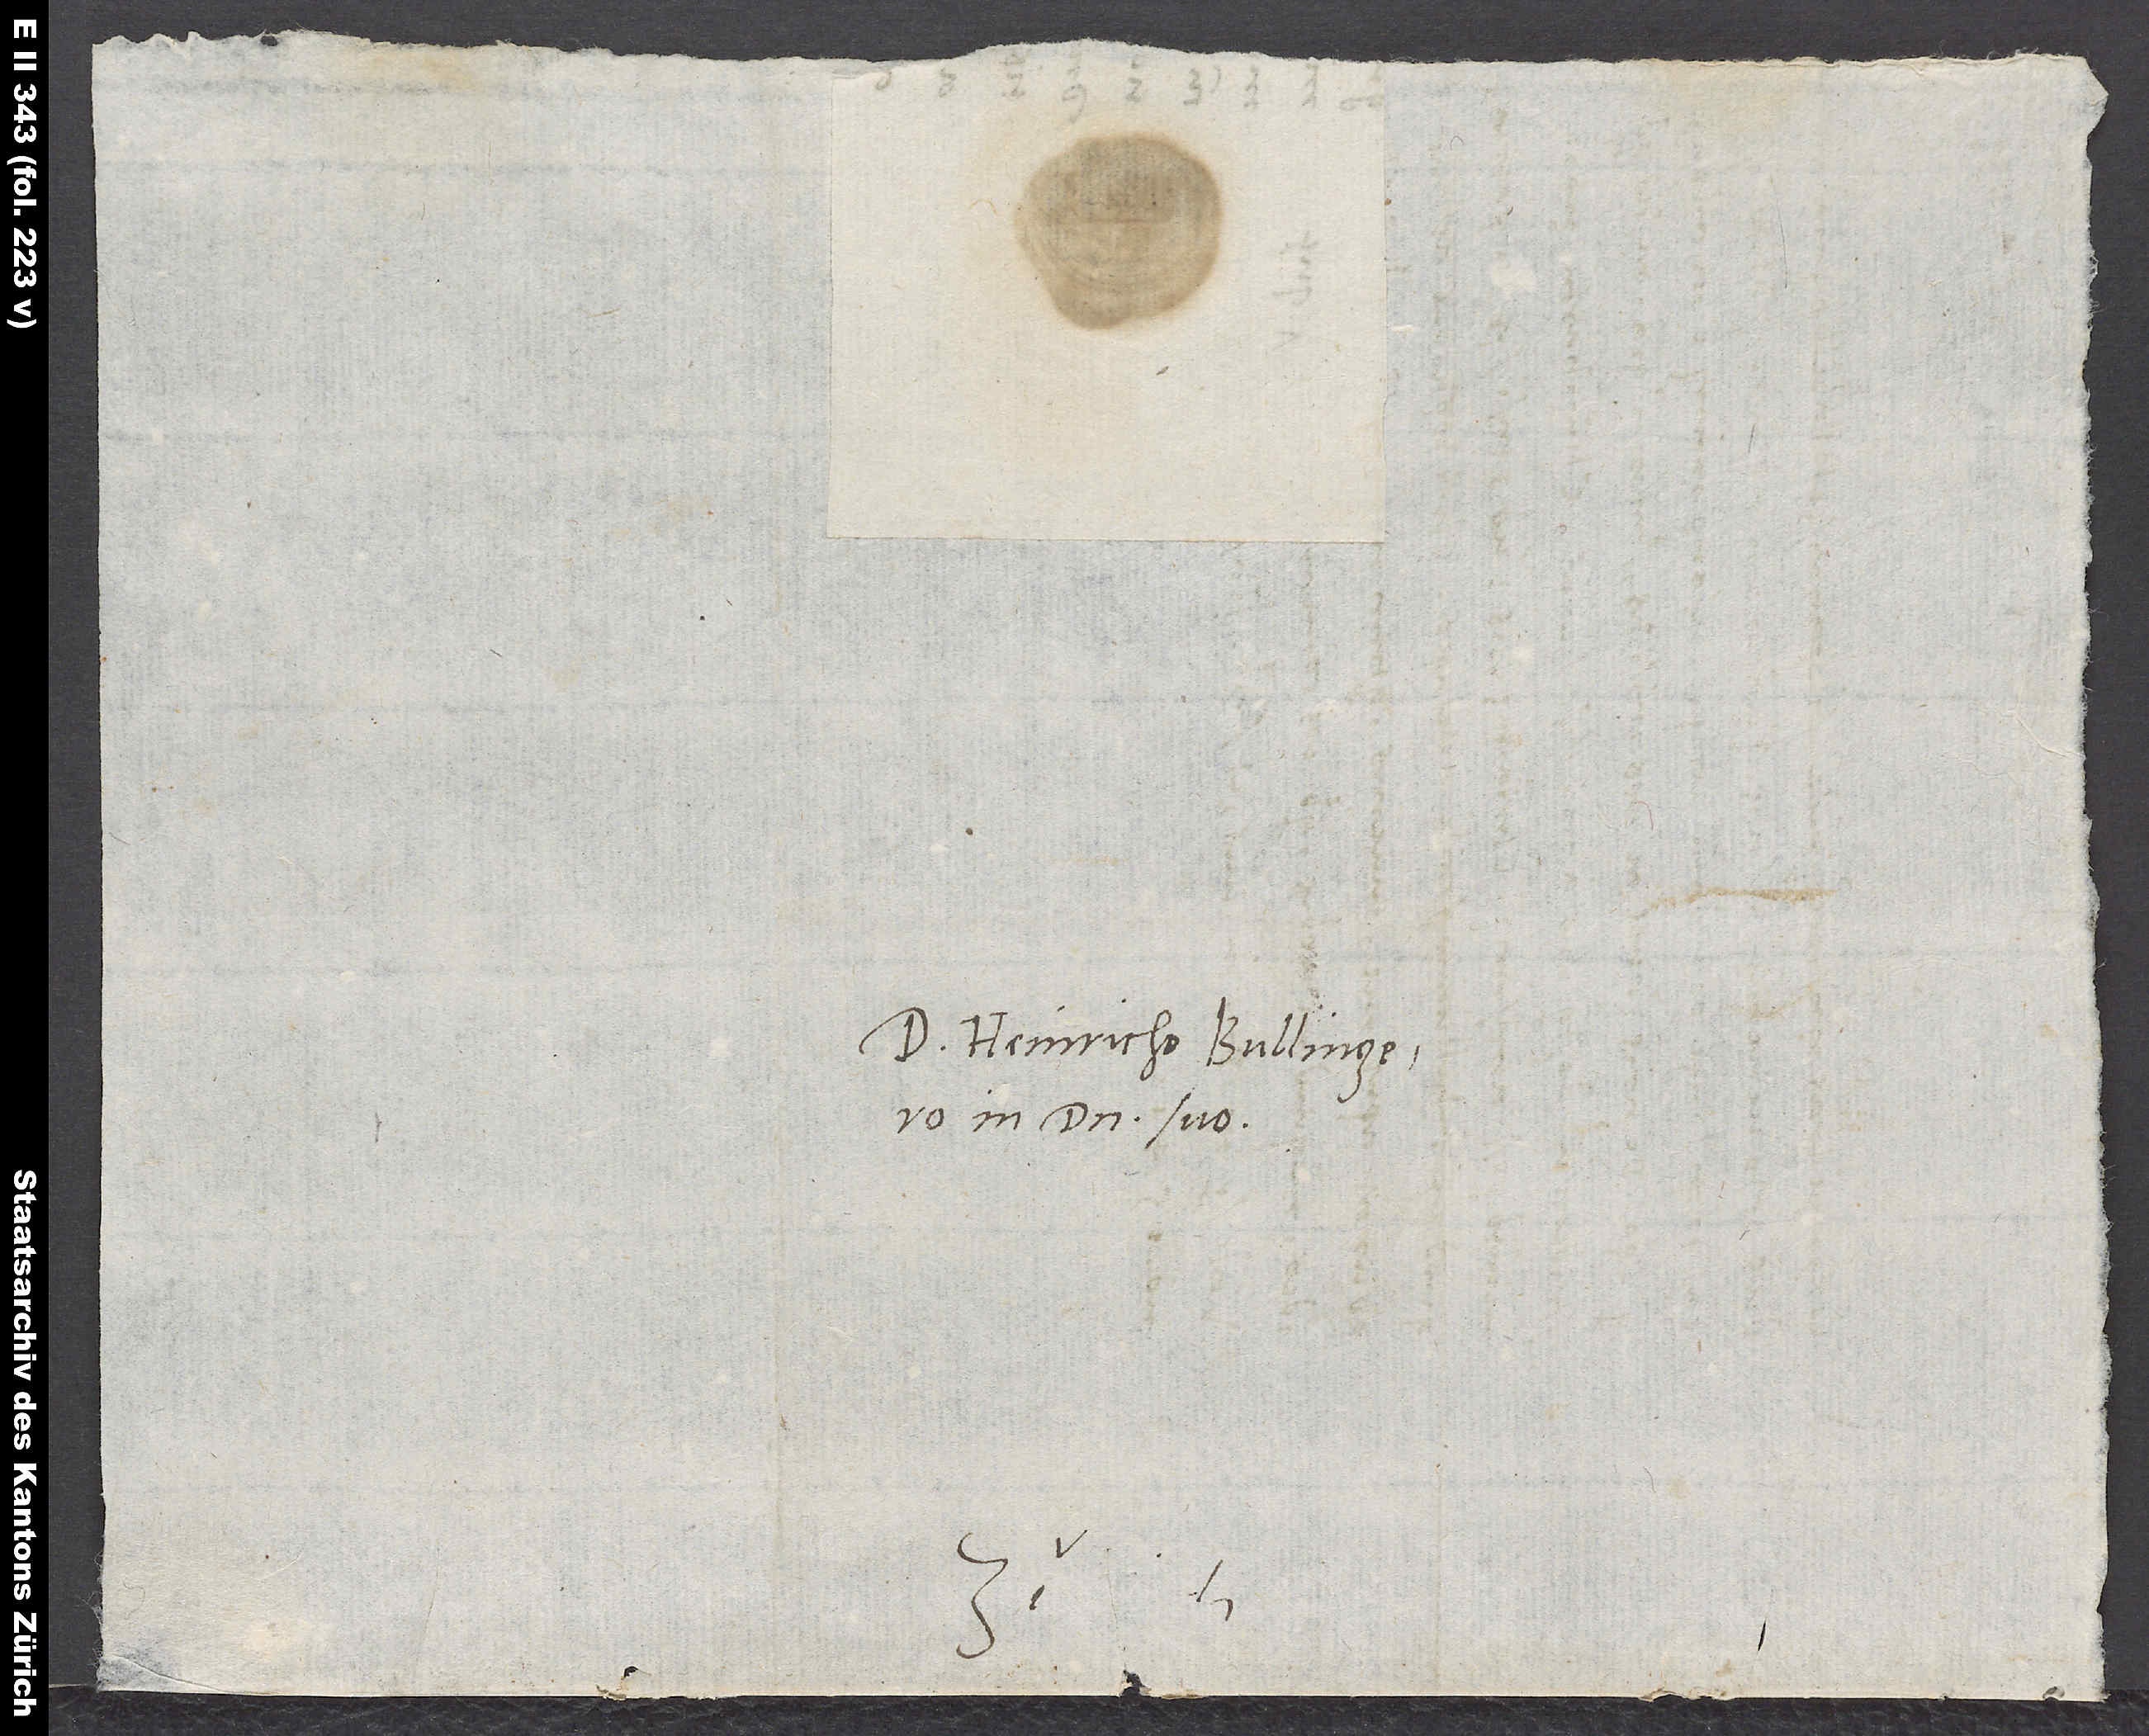
S.
Domino Heinricho Bullingero,
in domino suo.